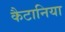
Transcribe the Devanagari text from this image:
कैटानिया